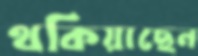
থকিয়াছেন